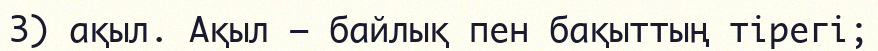
3) ақыл. Ақыл — байлық пен бақыттың тірегі;